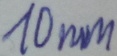
Text: 10mm